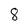
Character: 8